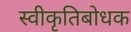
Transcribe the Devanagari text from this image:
स्वीकृतिबोधक